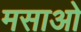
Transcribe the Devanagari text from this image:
मसाओ